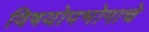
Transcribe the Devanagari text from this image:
विषयोपभोगाचे